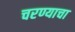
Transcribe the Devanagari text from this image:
चरण्याचा